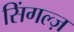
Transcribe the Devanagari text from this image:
सिंगल्ज़